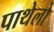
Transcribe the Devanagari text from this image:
पाथेलो